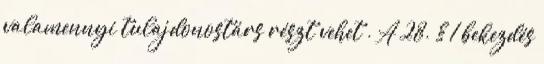
valamennyi tulajdonostárs részt vehet”. A 28. § 1 bekezdés